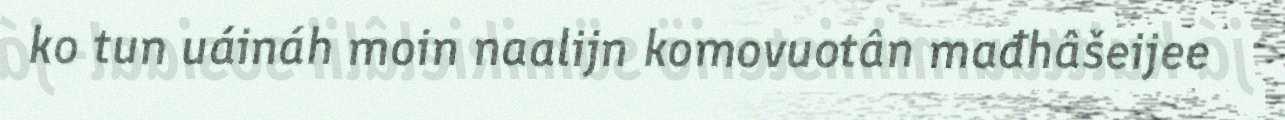
ko tun uáináh moin naalijn komovuotân mađhâšeijee